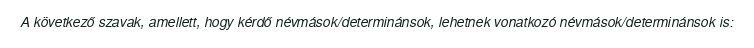
A következő szavak, amellett, hogy kérdő névmások/determinánsok, lehetnek vonatkozó névmások/determinánsok is: